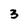
Character: 3